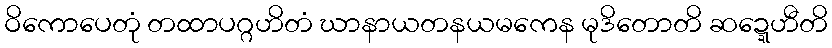
ဝိကောပေတုံ တထာပဂ္ဂဟိတံ ဃာနာယတနယမကေန မုဒိတောတိ ဆဍ္ဍေဟီတိ